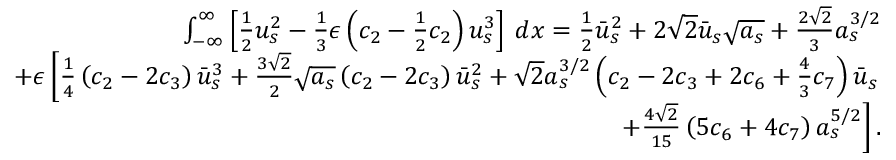
\begin{array} { r l r } & { } & { \int _ { - \infty } ^ { \infty } \left[ \frac { 1 } { 2 } u _ { s } ^ { 2 } - \frac { 1 } { 3 } \epsilon \left( c _ { 2 } - \frac { 1 } { 2 } c _ { 2 } \right) u _ { s } ^ { 3 } \right] \: d x = \frac { 1 } { 2 } \bar { u } _ { s } ^ { 2 } + 2 \sqrt { 2 } \bar { u } _ { s } \sqrt { a _ { s } } + \frac { 2 \sqrt { 2 } } { 3 } a _ { s } ^ { 3 / 2 } } \\ & { } & { \mathrm + \epsilon \left[ \frac { 1 } { 4 } \left( c _ { 2 } - 2 c _ { 3 } \right) \bar { u } _ { s } ^ { 3 } + \frac { 3 \sqrt { 2 } } { 2 } \sqrt { a _ { s } } \left( c _ { 2 } - 2 c _ { 3 } \right) \bar { u } _ { s } ^ { 2 } + \sqrt { 2 } a _ { s } ^ { 3 / 2 } \left( c _ { 2 } - 2 c _ { 3 } + 2 c _ { 6 } + \frac { 4 } { 3 } c _ { 7 } \right) \bar { u } _ { s } \right. } \\ & { } & { \left. \mathrm + \frac { 4 \sqrt { 2 } } { 1 5 } \left( 5 c _ { 6 } + 4 c _ { 7 } \right) a _ { s } ^ { 5 / 2 } \right] . } \end{array}